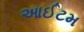
આઈટમ